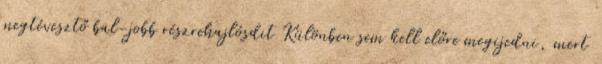
megtévesztő bal-jobb részrehajlósdit Különben sem kell előre megijedni, mert